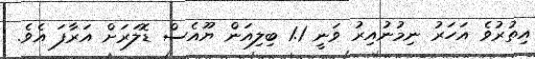
އިތުރުވެ އަހަރު ނިމުނުއިރު ވަނީ 1.1 ބިލިއަން ޔޫއެސް ޑޮލަރަށް އަރާފަ އެވެ.